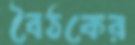
বৈঠকের